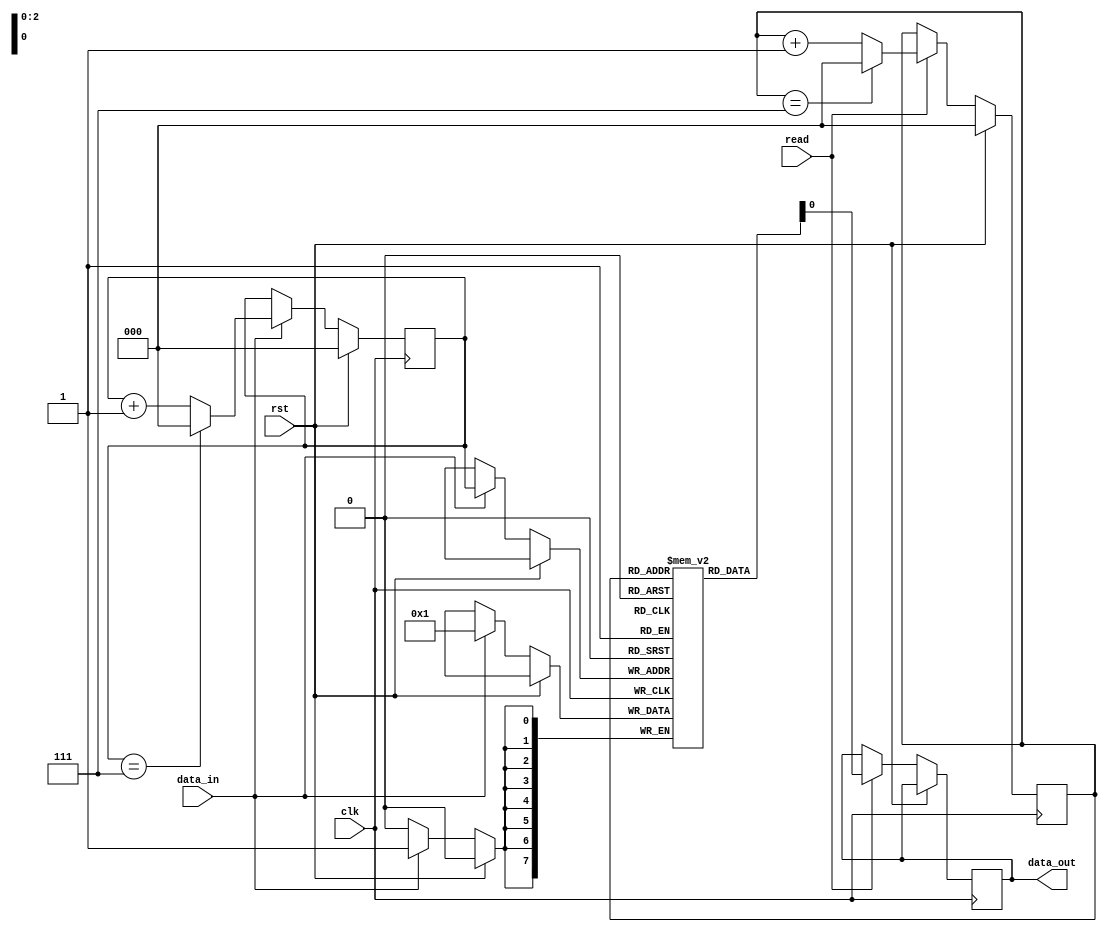
module lifo (
    input wire clk,
    input wire rst,
    input wire data_in,
    input wire read,
    output wire data_out
);

parameter DEPTH = 8;
reg [7:0] memory [0:DEPTH-1];
reg [2:0] w_ptr = 0;
reg [2:0] r_ptr = 0;

always @(posedge clk) begin
    if (rst) begin
        w_ptr <= 0;
        r_ptr <= 0;
    end else begin
        if (data_in) begin
            memory[w_ptr] <= data_in;
            if (w_ptr == DEPTH-1)
                w_ptr <= 0;
            else
                w_ptr <= w_ptr + 1;
        end
        
        if (read) begin
            data_out <= memory[r_ptr];
            if (r_ptr == DEPTH-1)
                r_ptr <= 0;
            else
                r_ptr <= r_ptr + 1;
        end
    end
end

endmodule